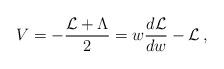
LaTeX: \begin{align*}V=-{ {\cal L}+\Lambda\over 2}=w{d{\cal L}\over d w}-{\cal L}\, ,\end{align*}